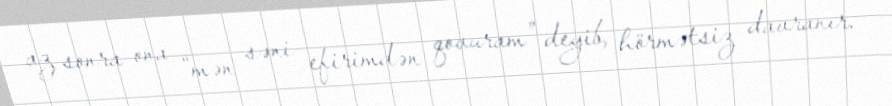
az sonra ona “mən səni efirimdən qovuram” deyib, hörmətsiz davranır.